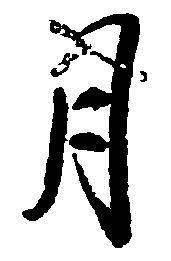
月